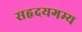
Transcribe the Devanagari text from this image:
सहृदयगम्य